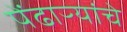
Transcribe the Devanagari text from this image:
पेंढाऱ्यांचे